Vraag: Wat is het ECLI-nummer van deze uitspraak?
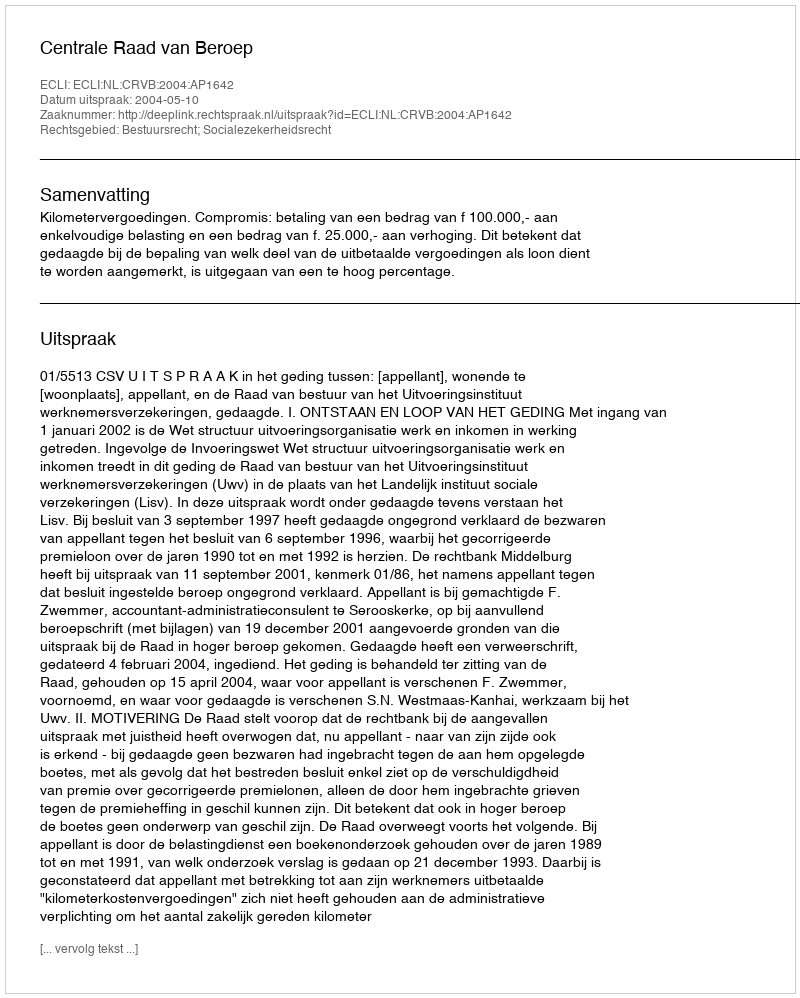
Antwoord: ECLI:NL:CRVB:2004:AP1642